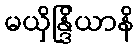
မယှိန္ဒြိယာနိ